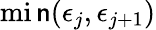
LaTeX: \operatorname*{mi\mathsf{n}}(\epsilon_{j},\epsilon_{j+1})